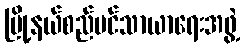
မြို့နယ်စည်ပင်သာယာရေးအဖွဲ့